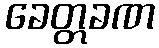
ခေတ္တခဏ